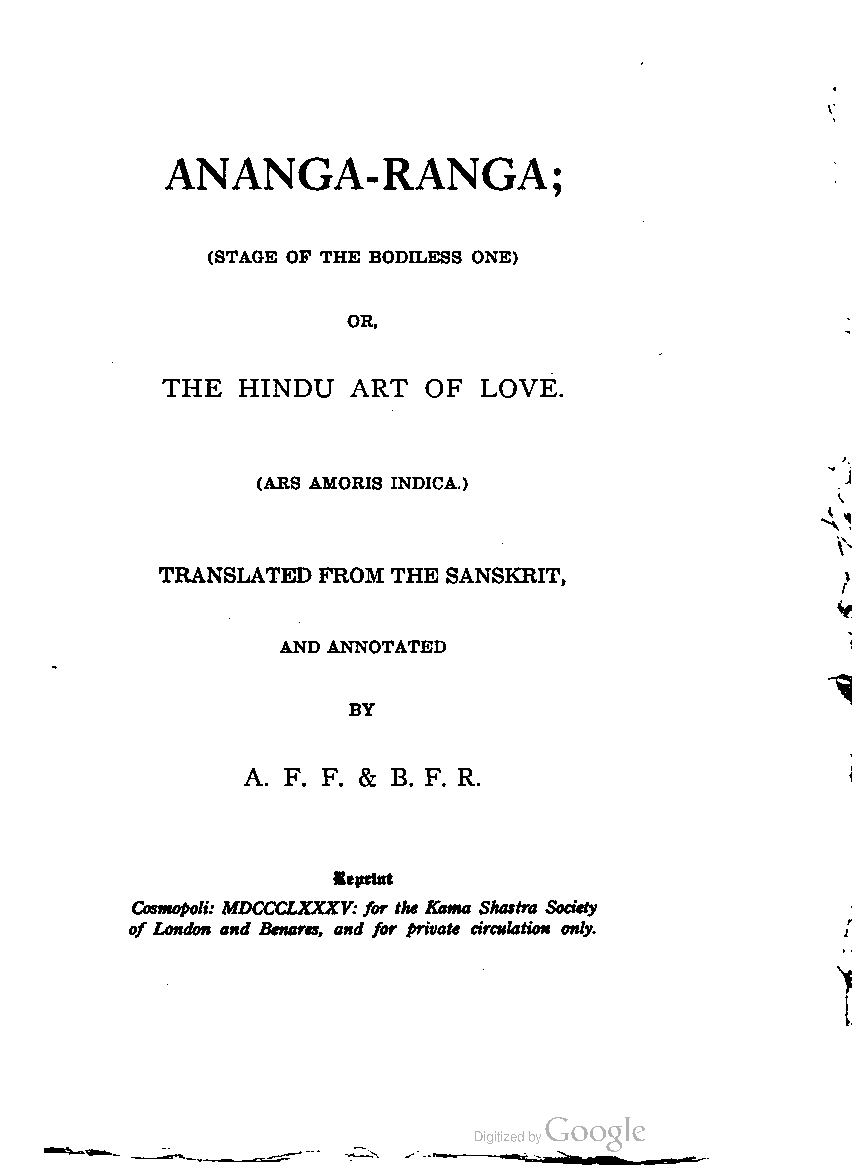
ANANGA-RANGA;
 (STAGE OP THE BODILESS ONE)
 OR,
 THE  HINDU  ART  OF  LOVE.
 (ARS AMORIS INDICA.)
 TRANSLATED FROM THE SANSKRIT,
 AND ANNOTATED
 BY
 A. F. F. & B. F. R.
 Beprint
 Cosmopoli: MDCCCLXXXV:for the Kama Shastra Society
 of London and Benares, and for private circulation only.